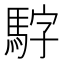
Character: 𮪃